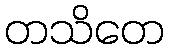
တသိတေ